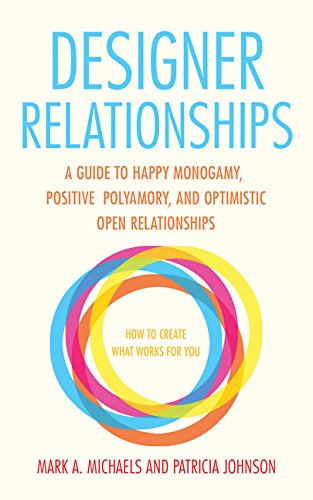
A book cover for Designer Relationships: A Guide to Happy Monogamy, Positive Polyamory, and Optimistic Open Relationships; Mark  A. Michaels; Gay & Lesbian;